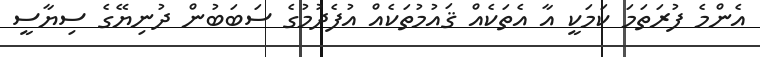
އެންމެ ފުރަތަމަ ކަމަކީ އާ އެތަކެއް ޤައުމުތަކެއް އުފެދުމުގެ ސަބަބުން ދުނިޔޭގެ ސިޔާސީ